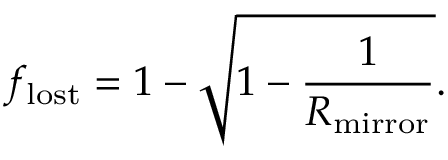
f _ { \mathrm { l o s t } } = 1 - \sqrt { 1 - \frac { 1 } { R _ { \mathrm { m i r r o r } } } } .